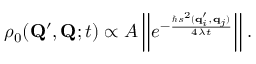
\begin{array} { r } { \rho _ { 0 } ( \mathbf { Q } ^ { \prime } , \mathbf { Q } ; t ) \propto { \cal A } \left| \left| e ^ { - \frac { \hbar s ^ { 2 } ( \mathbf { q } _ { i } ^ { \prime } , \mathbf { q } _ { j } ) } { 4 \lambda t } } \right| \right| . } \end{array}